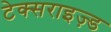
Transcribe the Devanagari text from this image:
टेक्सराइज़्ड